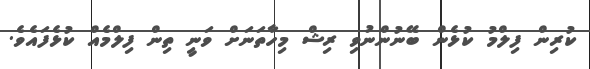
ކުރިން ފިލްމު ކުޅެން ބޭނުންނުވި ރިޝް މިހާތަނަށް ވަނީ ތިން ފިލްމެއް ކުޅެފައެވެ.